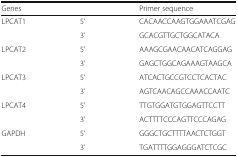
<table><thead><tr><td><b>Genes</b></td><td>[EMPTY_CELL]</td><td><b>Primer sequence</b></td></tr></thead><tbody><tr><td>LPCAT1</td><td>5’</td><td>CACAACCAAGTGGAAATCGAG</td></tr><tr><td>[EMPTY_CELL]</td><td>3’</td><td>GCACGTTGCTGGCATACA</td></tr><tr><td>LPCAT2</td><td>5’</td><td>AAAGCGAACAACATCAGGAG</td></tr><tr><td>[EMPTY_CELL]</td><td>3’</td><td>GAGCTGGCAGAAAGTAAGCA</td></tr><tr><td>LPCAT3</td><td>5’</td><td>ATCACTGCCGTCCTCACTAC</td></tr><tr><td>[EMPTY_CELL]</td><td>3’</td><td>AGTCAACAGCCAAACCAATC</td></tr><tr><td>LPCAT4</td><td>5’</td><td>TTGTGGATGTGGAGTTCCTT</td></tr><tr><td>[EMPTY_CELL]</td><td>3’</td><td>ACTTTTCCCAGTTCCCAGAG</td></tr><tr><td>GAPDH</td><td>5’</td><td>GGGCTGCTTTTAACTCTGGT</td></tr><tr><td>[EMPTY_CELL]</td><td>3’</td><td>TGATTTTGGAGGGATCTCGC</td></tr></tbody></table>